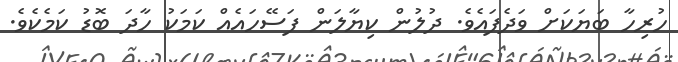
ހުރިހާ ބަޔަކަށް ވަދެފައެވެ. ދުލުން ކިޔާލަން ފަސޭހައެއް ކަމަކު ހާދަ ބޮޑު ކަމެކެވެ.